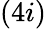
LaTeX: (4i)